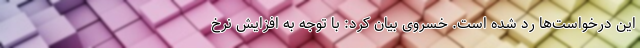
این درخواست‌ها رد شده است. خسروی بیان کرد: با توجه به افزایش نرخ